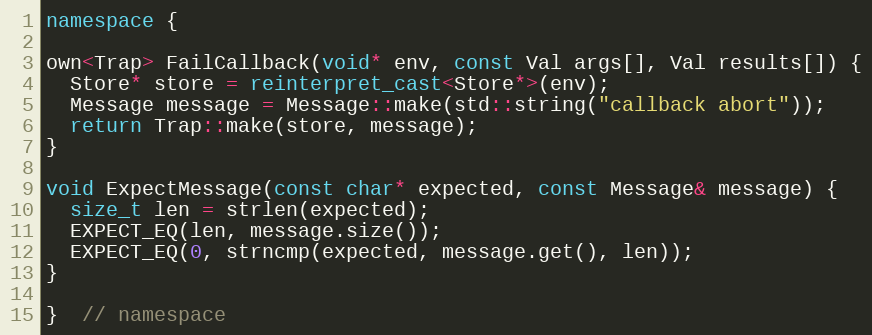
Language: C++
namespace {

own<Trap> FailCallback(void* env, const Val args[], Val results[]) {
  Store* store = reinterpret_cast<Store*>(env);
  Message message = Message::make(std::string("callback abort"));
  return Trap::make(store, message);
}

void ExpectMessage(const char* expected, const Message& message) {
  size_t len = strlen(expected);
  EXPECT_EQ(len, message.size());
  EXPECT_EQ(0, strncmp(expected, message.get(), len));
}

}  // namespace